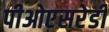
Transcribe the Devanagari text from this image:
पीओएसरेडी